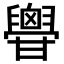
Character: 𦦥